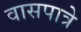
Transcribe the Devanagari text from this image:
वासपात्रे